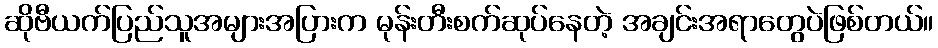
ဆိုဗီယက်ပြည်သူအများအပြားက မုန်းတီးစက်ဆုပ်နေတဲ့ အချင်းအရာတွေပဲဖြစ်တယ်။